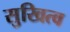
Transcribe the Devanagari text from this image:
सुखित्व